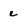
Character: e